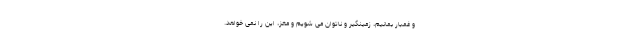
و غمبار بمانیم، زمینگیر و ناتوان می شویم و مغز، این را نمی خواهد.